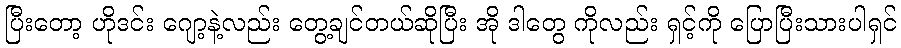
ပြီးတော့ ဟိုဒင်း ဂျော့နဲ့လည်း တွေ့ချင်တယ်ဆိုပြီး အို ဒါတွေ ကိုလည်း ရှင့်ကို ပြောပြီးသားပါရှင်